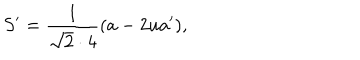
S ^ { \prime } = { \frac { 1 } { \sqrt 2 \cdot 4 } } ( a - 2 u a ^ { \prime } ) ,